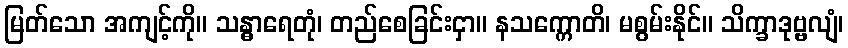
မြတ်သော အကျင့်ကို။ သန္ဓာရေတုံ၊ တည်စေခြင်းငှာ။ နသက္ကောတိ၊ မစွမ်းနိုင်။ သိက္ခာဒုဗ္ဗလျံ၊